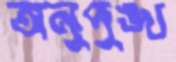
অনুপুঙ্খ